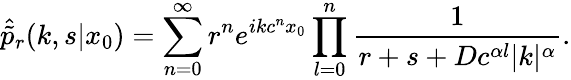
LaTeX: \hat{\tilde{p}}_{r}(k,s|x_{0})=\sum_{n=0}^{\infty}r^{n}e^{ikc^{n}x_{0}}\prod_{l=0}^{n}\frac{1}{r+s+Dc^{\alpha l}|k|^{\alpha}}.